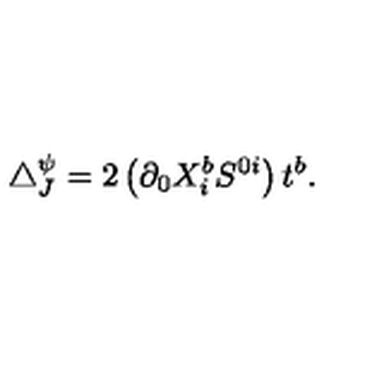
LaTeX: \triangle _ { J } ^ { \psi } = 2 \left( \partial _ { 0 } X _ { i } ^ { b } S ^ { 0 i } \right) t ^ { b } .